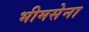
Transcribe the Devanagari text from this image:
भीमसेना